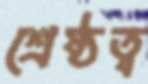
শ্রেষ্ঠত্ব